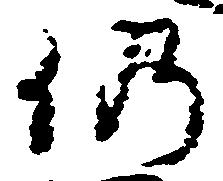
仍